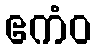
ဧကံဝ